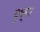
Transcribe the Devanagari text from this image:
पुष्य।